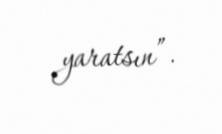
yaratsın”.